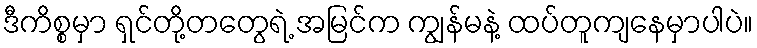
ဒီကိစ္စမှာ ရှင်တို့တတွေရဲ့ အမြင်က ကျွန်မနဲ့ ထပ်တူကျနေမှာပါပဲ။